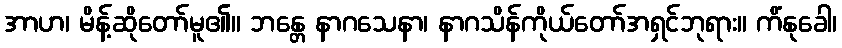
အာဟ၊ မိန့်ဆိုတော်မူ၏။ ဘန္တေ နာဂသေနာ၊ နာဂသိန်ကိုယ်တော်အရှင်ဘုရား။ ကိံနုခေါ၊